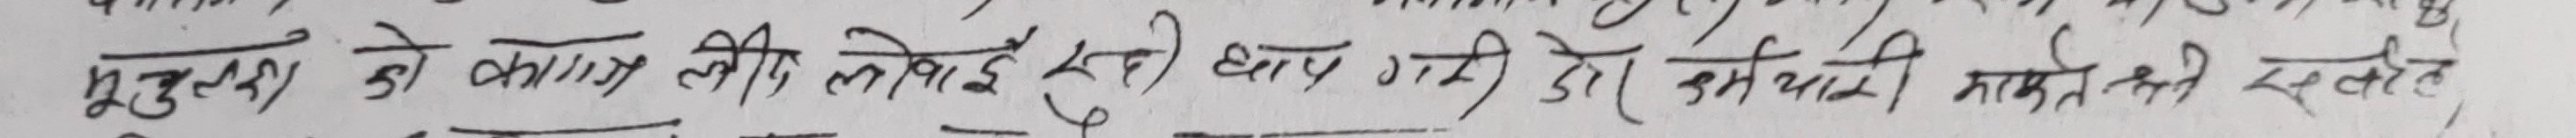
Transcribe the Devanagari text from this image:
मुजुम्बा को कागज लीफ ले लोई है आप गये वो इनमारी कागद ही सहित